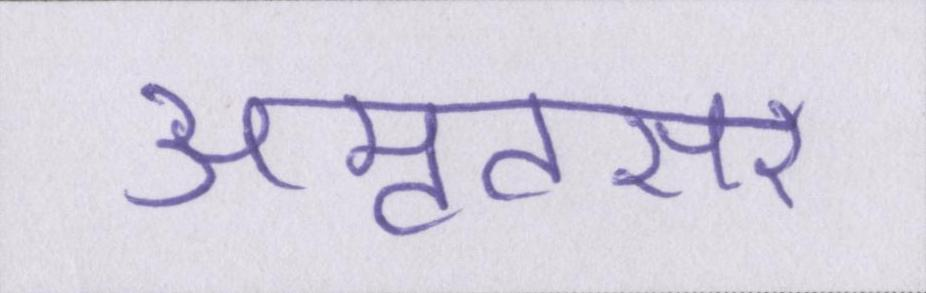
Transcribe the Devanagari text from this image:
अमृतसर